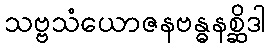
သဗ္ဗသံယောဇနဗန္ဓနစ္ဆိဒါ